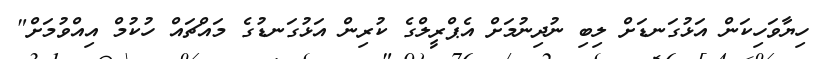
ހިޔާވަހިކަން އަޅުގަނޑަަށް ލިބި ނުދިނުމަށް އެޕްރީލްގެ ކުރިން އަޅުގަނޑުގެ މައްޗައް ހުކުމް އިއްވުމަށް"